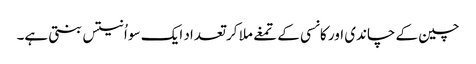
چین کے چاندی اور کانسی کے تمغے ملا کر تعداد ایک سو اُنتیس بنتی ہے۔